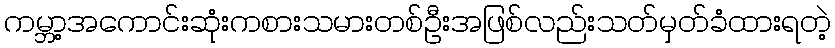
ကမ္ဘာ့အကောင်းဆုံးကစားသမားတစ်ဦးအဖြစ်လည်းသတ်မှတ်ခံထားရတဲ့